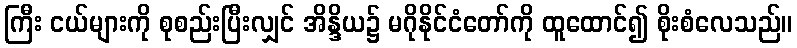
ကြီး ငယ်များကို စုစည်းပြီးလျှင် အိန္ဒိယ၌ မဂိုနိုင်ငံတော်ကို ထူထောင်၍ စိုးစံလေသည်။